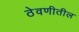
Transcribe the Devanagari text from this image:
ठेवणीतील